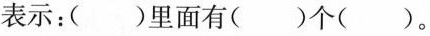
表示：( )里面有( )个( )。